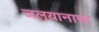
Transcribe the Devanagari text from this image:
जलयानाचा